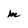
Character: m